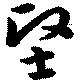
堅